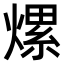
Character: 𤍶